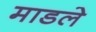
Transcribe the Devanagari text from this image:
माडले